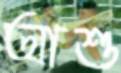
আশু